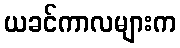
ယခင်ကာလများက